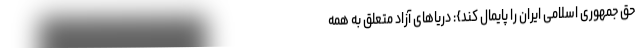
حق جمهوری اسلامی ایران را پایمال کند}: دریاهای آزاد متعلق به همه